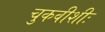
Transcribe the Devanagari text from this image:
चुकवीशीः